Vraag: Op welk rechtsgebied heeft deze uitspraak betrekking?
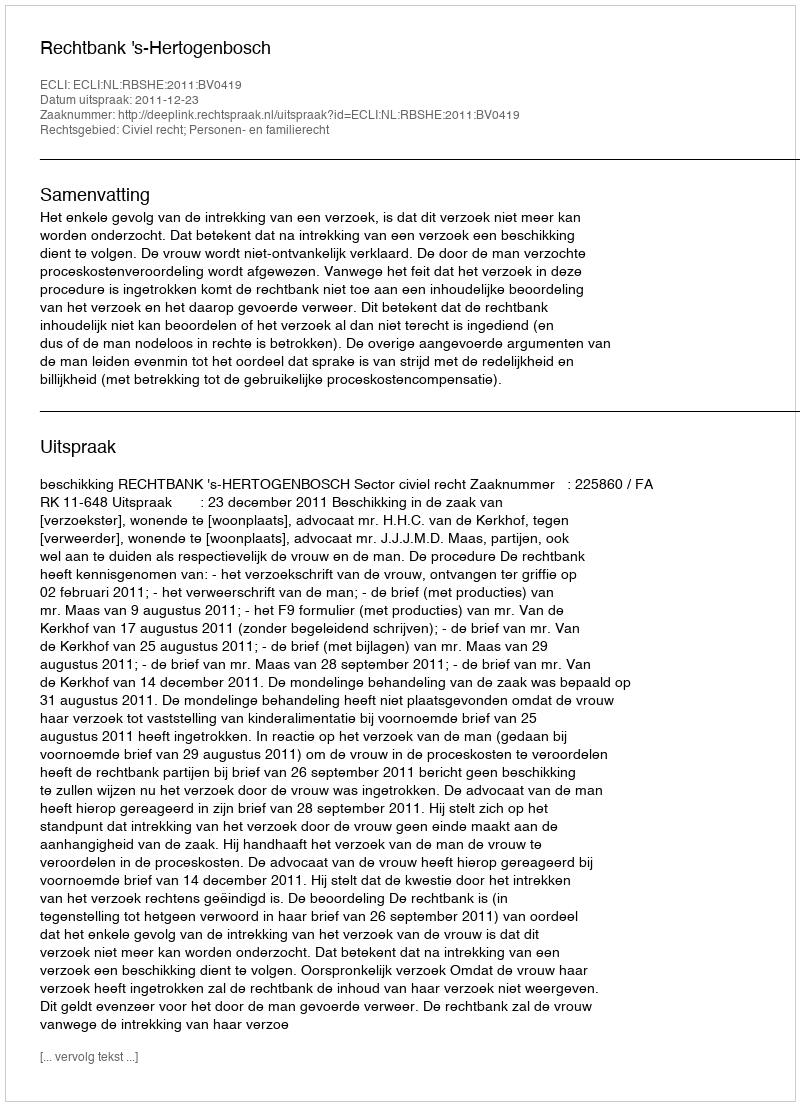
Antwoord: Civiel recht; Personen- en familierecht